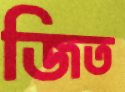
জিত